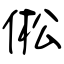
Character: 倯